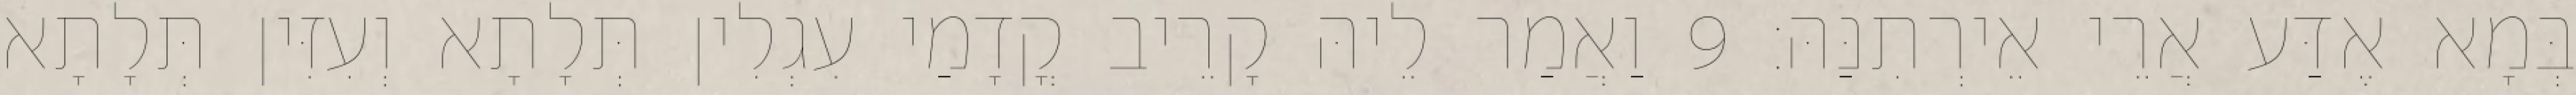
בְּמָא אֶדַּע אֲרֵי אֵירְתִנַּהּ׃ 9 וַאֲמַר לֵיהּ קָרֵיב קֳדָמַי עִגְלִין תְּלָתָא וְעִזִּין תְּלָתָא